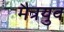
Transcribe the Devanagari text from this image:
मैत्रयुव